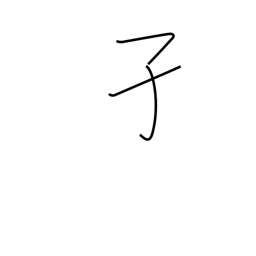
Meaning: mosquito wriggler